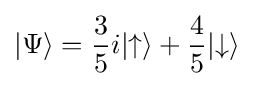
|\Psi \rangle ={\frac {3}{5}}i|{\uparrow }\rangle +{\frac {4}{5}}|{\downarrow }\rangle